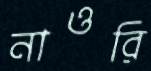
নাওরি